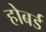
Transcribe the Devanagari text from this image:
होबर्ड